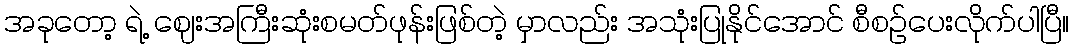
အခုတော့ ရဲ့ ဈေးအကြီးဆုံးစမတ်ဖုန်းဖြစ်တဲ့ မှာလည်း အသုံးပြုနိုင်အောင် စီစဉ်ပေးလိုက်ပါပြီ။